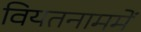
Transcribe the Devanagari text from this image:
वियतनाममें